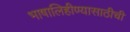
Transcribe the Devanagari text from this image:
भाषालिहीण्यासाठीची